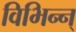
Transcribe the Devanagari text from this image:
विभिन्न्